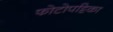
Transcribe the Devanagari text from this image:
फोटोपट्टिका